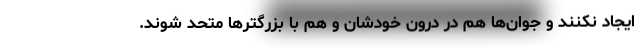
ایجاد نکنند و جوان‌ها هم در درون خودشان و هم با بزرگترها متحد شوند.